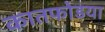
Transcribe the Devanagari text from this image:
कातफोडया